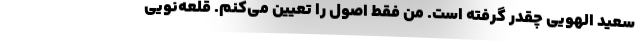
سعید الهویی چقدر گرفته است. من فقط اصول را تعیین می‌کنم. قلعه‌نویی